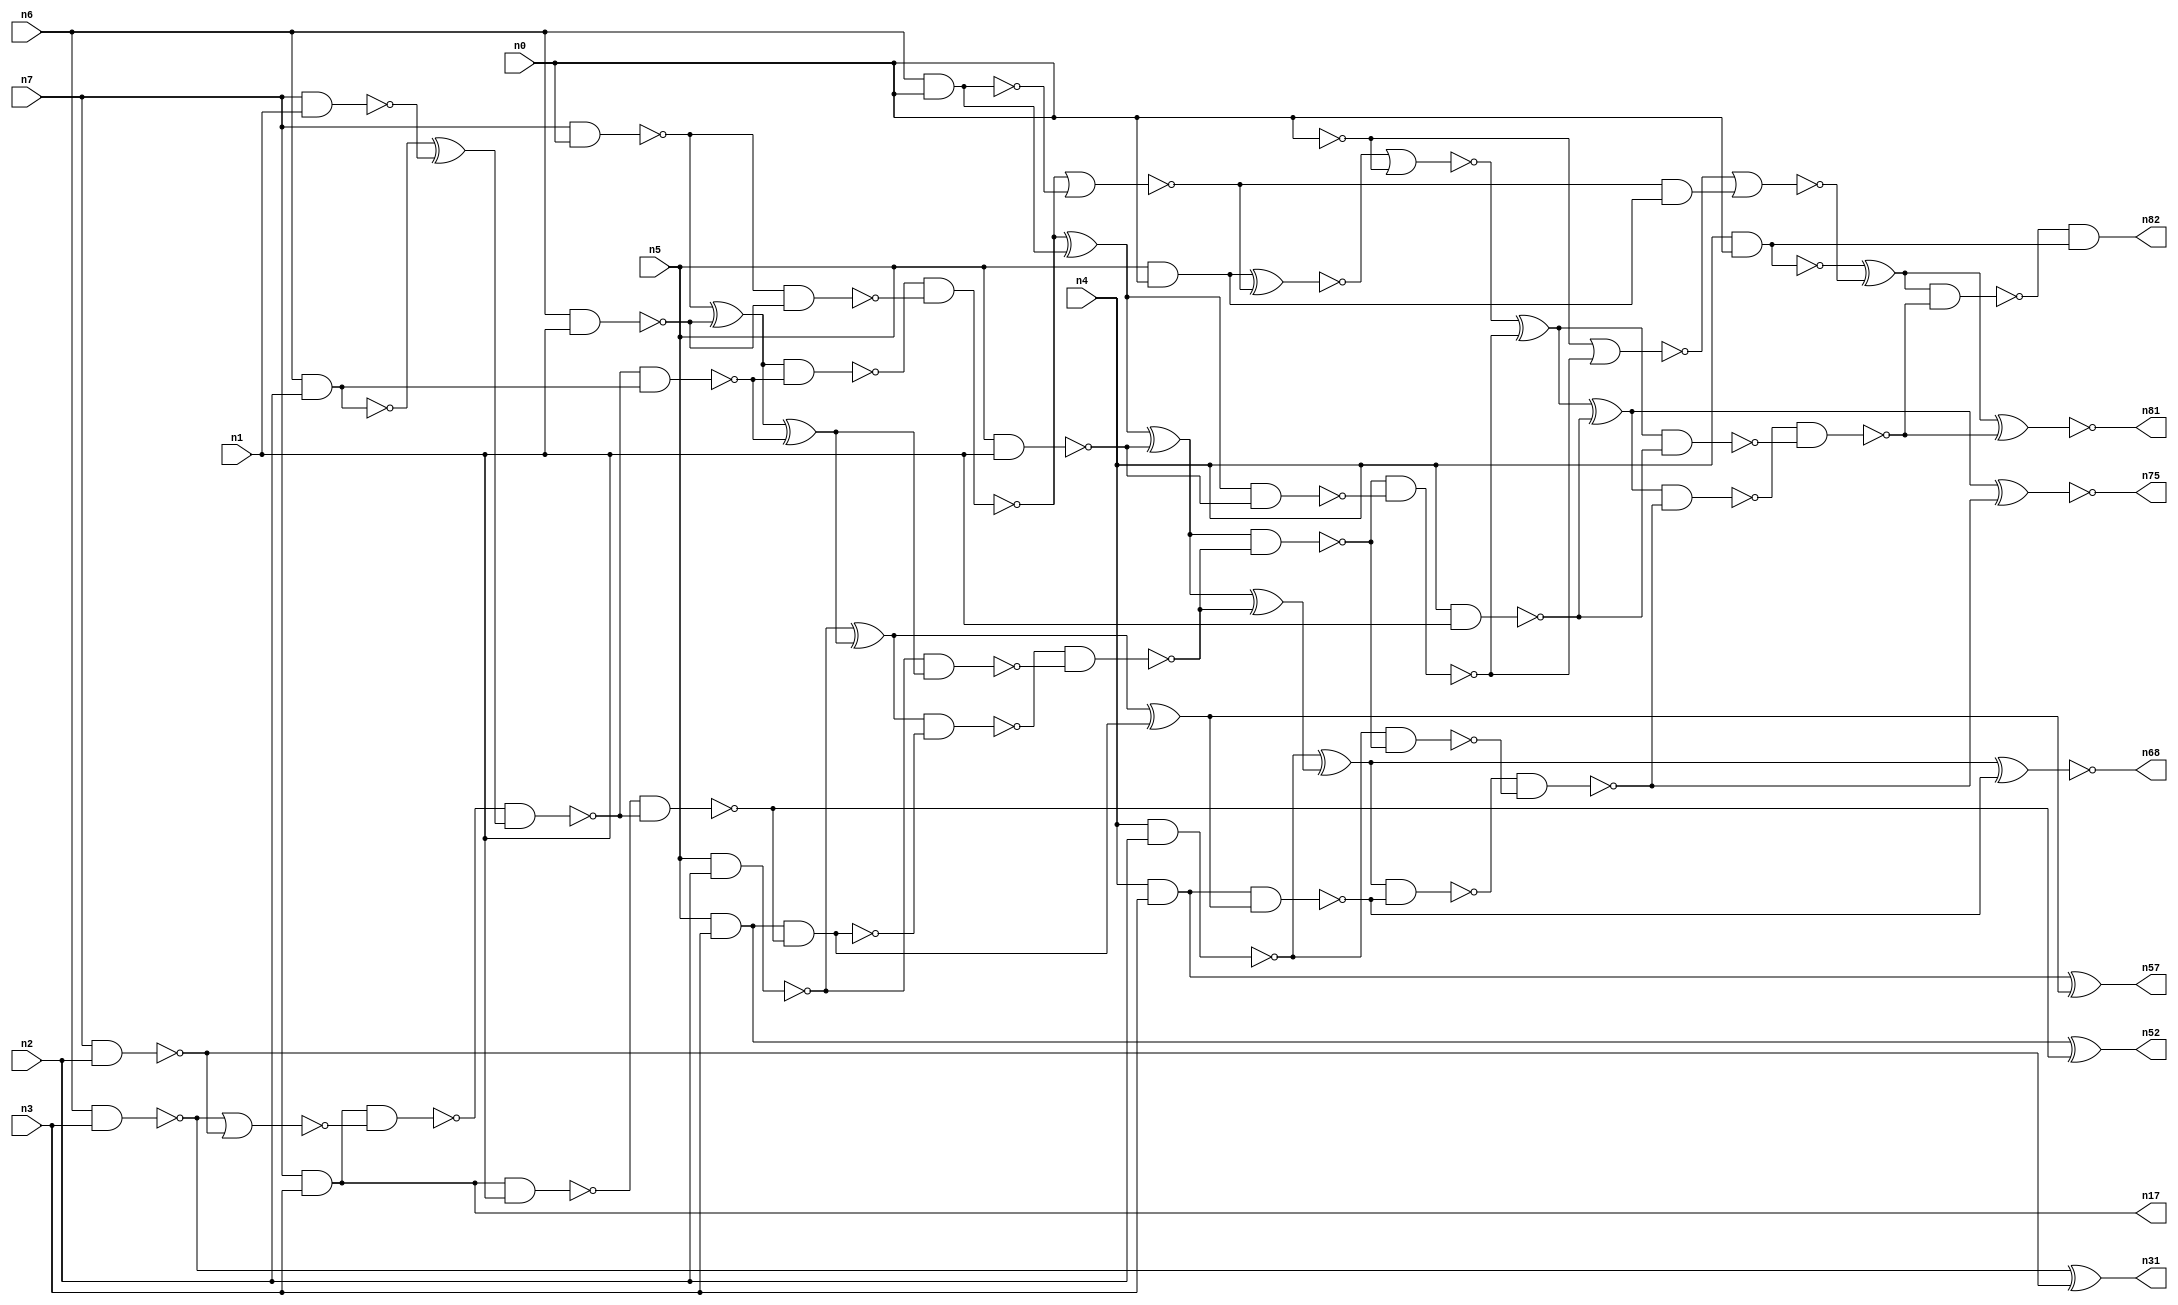
// This file contains a pareto-optimal circuit with respect to pdp and the fault-resilince parameter p_fault which is defined as:
// "For all input vectors, the ratio of the no. of faults observable at the POs to the no. of total possible faults in the circuit".
// This code is part of the ReCkt library (https://github.com/umar-afzaal/ReCkt) distributed under The MIT License.
// When used, please cite the following article(s):
// U. Afzaal, A.S. Hassan, M. Usman and J.A. Lee, "On the Evolutionary Synthesis of Increased Fault-resilience Arithmetic Circuits".

// p_fault = 89.9 %    (Lower is better)
// gates = 75.0
// levels = 17
// area = 94.28    (For MCNC library relative to nand2)
// power = 536.1 uW    (Berkely-SIS for MCNC library @ Vdd=5V and 20 MHz clock)
// delay = 21.9 ns    (Berkely-ABC for MCNC library)
// PDP = 1.17406e-11 J

// Pin mapping:
// {n0, n1, n2, n3} = A[3:0]
// {n4, n5, n6, n7} = B[3:0]
// {n82, n81, n75, n68, n57, n52, n31, n17} = O[7:0]

module mult4u_pdp_2 (
n0, n1, n2, n3, n4, n5, n6, n7, 
n82, n81, n75, n68, n57, n52, n31, n17
);

input n0, n1, n2, n3, n4, n5, n6, n7;
output n82, n81, n75, n68, n57, n52, n31, n17;
wire n16, n73, n77, n26, n40, n38, n78, n76, n46, n50, n51, n15, n66, n36, n67, n18, n13, n21, n32, n35, 
n64, n65, n33, n10, n70, n61, n19, n58, n24, n74, n44, n20, n62, n60, n28, n59, n80, n27, n79, n69, 
n45, n71, n25, n14, n43, n8, n39, n34, n37, n42, n56, n54, n12, n63, n30, n22, n11, n49, n29, n9, 
n72, n47, n55, n53, n23, n41, n48;

nand (n8, n6, n2);
and (n9, n5, n3);
nand (n10, n4, n1);
nand (n11, n4, n3);
nand (n12, n6, n0);
nand (n13, n7, n0);
nand (n14, n6, n3);
nand (n15, n7, n2);
nand (n16, n4, n2);
and (n17, n7, n3);
nand (n18, n5, n1);
and (n19, n5, n0);
nand (n20, n7, n1);
nand (n21, n5, n2);
nand (n22, n0, n6);
nand (n23, n4, n0);
nand (n24, n6, n1);
xor (n25, n13, n24);
nor (n26, n22, n12);
nand (n27, n11, n11);
nand (n28, n13, n24);
and (n29, n8, n8);
nor (n30, n14, n15);
xor (n31, n14, n15);
xor (n32, n8, n20);
nand (n33, n17, n1);
nand (n34, n17, n30);
nand (n35, n0, n0);
nand (n36, n8, n29);
nand (n37, n34, n32);
nand (n38, n33, n37);
nand (n39, n37, n36);
nand (n40, n9, n38);
xnor (n41, n9, n38);
xor (n42, n25, n39);
nand (n43, n25, n39);
nand (n44, n21, n42);
nand (n45, n40, n40);
nand (n46, n43, n28);
xor (n47, n21, n42);
xor (n48, n46, n26);
nand (n49, n47, n40);
xor (n50, n47, n45);
nor (n51, n46, n12);
nand (n52, n41, n41);
nand (n53, n49, n44);
nand (n54, n27, n50);
and (n55, n51, n19);
xor (n56, n48, n18);
xor (n57, n27, n50);
nand (n58, n48, n18);
xnor (n59, n19, n51);
nand (n60, n56, n53);
nor (n61, n59, n35);
xor (n62, n56, n53);
xor (n63, n16, n62);
nand (n64, n60, n58);
nand (n65, n16, n60);
nand (n66, n0, n0);
xor (n67, n61, n64);
xnor (n68, n63, n54);
nor (n69, n66, n64);
nand (n70, n63, n54);
nand (n71, n70, n65);
nor (n72, n69, n55);
nand (n73, n67, n10);
xor (n74, n67, n10);
xnor (n75, n74, n71);
xor (n76, n23, n72);
nand (n77, n23, n23);
nand (n78, n74, n71);
nand (n79, n78, n73);
nand (n80, n76, n79);
xnor (n81, n76, n79);
and (n82, n80, n77);

endmodule